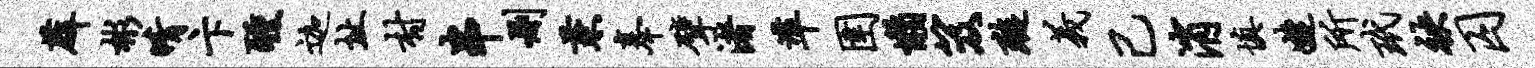
薜彬晴卞醺迦址村串删兼奉擘渚准圉懒笈璇义己消填婕所玳袂囚